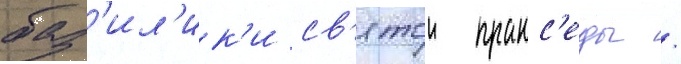
баз'ил'ик'и св'ятои пракс'еды /